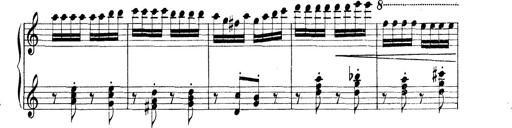
Title: Rapsodie: 19 ungheresi, 1 spagnuola
Composer: Franz Liszt